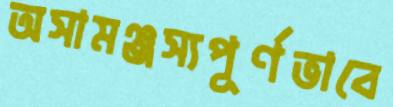
অসামঞ্জস্যপূর্ণভাবে